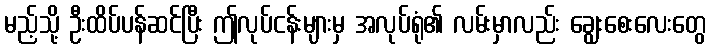
မည့်သို့ ဦးထိပ်ပန်ဆင်ပြီး ဤလုပ်ငန်းများမှ အလုပ်ရုံ၏ လမ်းမှာလည်း ချွေးစေးလေးတွေ